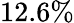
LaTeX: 12.6\%